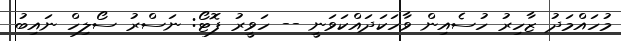
މުހައްމަދު ޒާހިރު ހުސެއިން ވާހަކަދައްކަވަނީ -- ހަވީރު ފޮޓޯ: ނަސްރު ސޯލިހް ނައިބު